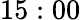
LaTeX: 15:00